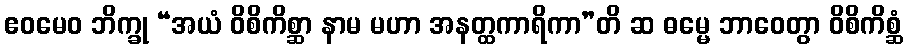
ဧဝမေဝ ဘိက္ခု “အယံ ဝိစိကိစ္ဆာ နာမ မဟာ အနတ္ထကာရိကာ”တိ ဆ ဓမ္မေ ဘာဝေတွာ ဝိစိကိစ္ဆံ